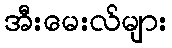
အီးမေးလ်များ